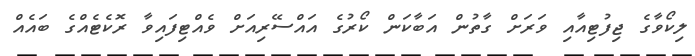
ލިކޯވާގެ ޖިފުޓިއާއި ވަރަށް ގާތުން އަބާކަން ކޯރުގެ އައްސޭރިއަށް ވެއްޓިފައިވާ ރޮކެޓެއްގެ ބައެއް